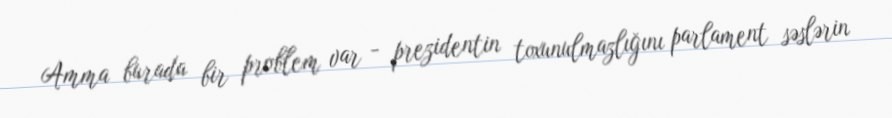
Amma burada bir problem var - prezidentin toxunulmazlığını parlament səslərin